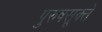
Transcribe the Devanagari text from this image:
पुरुषसूक्ते